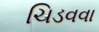
ચિડવવા